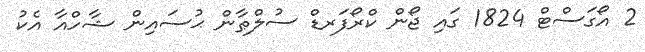
2 އޯގަސްޓް 1824 ގައި ޖޯން ކްރޯފަރޑް ސުލްޠާން ޙުސައިން ޝާހްއާ އެކު